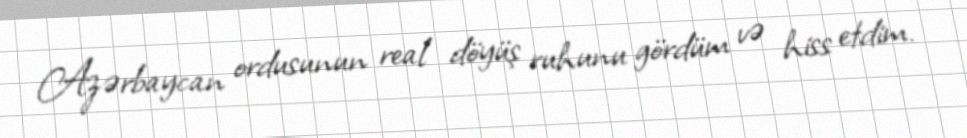
Azərbaycan ordusunun real döyüş ruhunu gördüm və hiss etdim.